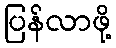
ပြန်လာဖို့